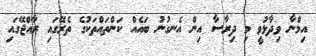
އިމްނާ ވިދާޅުވީ މި ދިރާސާ އިން އެނގުނު ބައެއް ކަންތައްތަކުގެ ތެރޭގައި ރާއްޖޭގައި